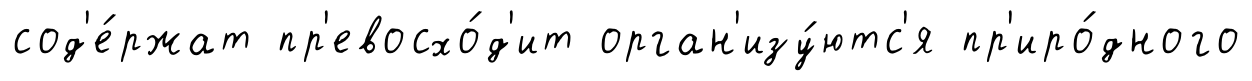
сод'е́ржат пр'евосхо́д'ит орган'изу́ютс'я пр'иро́дного